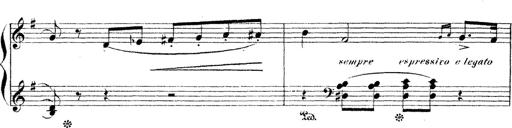
Title: Dem Andenken PetÃ¶fis
Composer: Franz Liszt